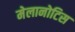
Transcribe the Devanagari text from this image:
मेलानोटिस